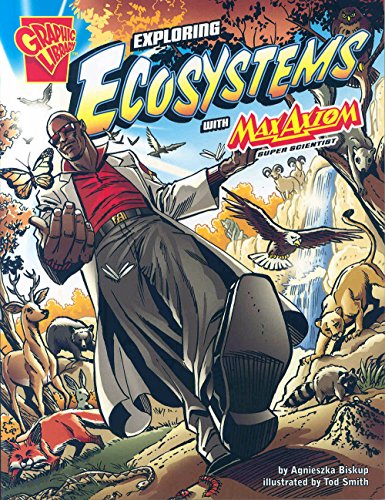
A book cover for Exploring Ecosystems with Max Axiom, Super Scientist (Graphic Science); Agnieszka Biskup; Children's Books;